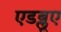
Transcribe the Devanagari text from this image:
एडब्लूए